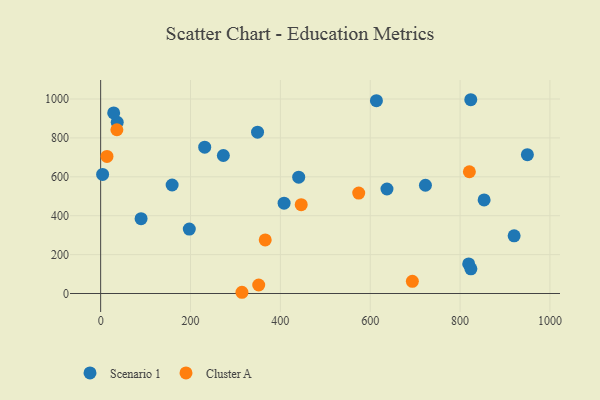
{"axis": {"x": "Study Hours", "y": "Rating"}, "legend": ["Cluster A", "Scenario 1"], "data": [{"x": "4.4", "y": 612.2, "type": "Scenario 1"}, {"x": "36.9", "y": 880.5, "type": "Scenario 1"}, {"x": "823.8", "y": 996.3, "type": "Scenario 1"}, {"x": "637.3", "y": 537.4, "type": "Scenario 1"}, {"x": "197.3", "y": 331.0, "type": "Scenario 1"}, {"x": "920.3", "y": 296.3, "type": "Scenario 1"}, {"x": "159.1", "y": 557.9, "type": "Scenario 1"}, {"x": "349.2", "y": 829.4, "type": "Scenario 1"}, {"x": "440.8", "y": 598.3, "type": "Scenario 1"}, {"x": "29.0", "y": 928.5, "type": "Scenario 1"}, {"x": "949.8", "y": 713.6, "type": "Scenario 1"}, {"x": "408.3", "y": 464.5, "type": "Scenario 1"}, {"x": "613.8", "y": 991.4, "type": "Scenario 1"}, {"x": "90.0", "y": 384.5, "type": "Scenario 1"}, {"x": "273.1", "y": 709.5, "type": "Scenario 1"}, {"x": "819.2", "y": 152.1, "type": "Scenario 1"}, {"x": "824.1", "y": 127.1, "type": "Scenario 1"}, {"x": "231.6", "y": 752.2, "type": "Scenario 1"}, {"x": "853.5", "y": 481.2, "type": "Scenario 1"}, {"x": "722.9", "y": 556.5, "type": "Scenario 1"}, {"x": "351.8", "y": 43.7, "type": "Cluster A"}, {"x": "36.1", "y": 841.9, "type": "Cluster A"}, {"x": "820.7", "y": 626.1, "type": "Cluster A"}, {"x": "314.5", "y": 6.3, "type": "Cluster A"}, {"x": "693.8", "y": 62.4, "type": "Cluster A"}, {"x": "366.3", "y": 275.4, "type": "Cluster A"}, {"x": "446.4", "y": 456.9, "type": "Cluster A"}, {"x": "574.4", "y": 516.5, "type": "Cluster A"}, {"x": "14.1", "y": 704.8, "type": "Cluster A"}]}